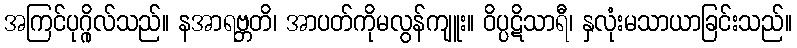
အကြင်ပုဂ္ဂိုလ်သည်။ နအာရဗ္ဘတိ၊ အာပတ်ကိုမလွန်ကျူး။ ဝိပ္ပဋိသာရီ၊ နှလုံးမသာယာခြင်းသည်။